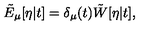
\tilde { E } _ { \mu } [ \eta | t ] = \delta _ { \mu } ( t ) \tilde { W } [ \eta | t ] ,